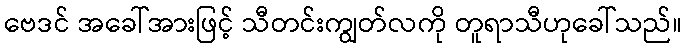
ဗေဒင် အခေါ်အားဖြင့် သီတင်းကျွတ်လကို တူရာသီဟုခေါ်သည်။